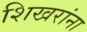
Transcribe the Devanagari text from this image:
शिखरांना